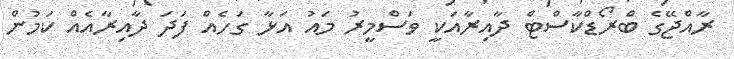
ރާއްޖޭގެ ބްރޯޑްކާސްޓް ދާއިރާއަކީ ވަސްމީރު މައު އަޅާ ގަހެއް ފަދަ ދާއިރާއެއް ކަމުން